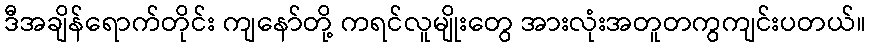
ဒီအချိန်ရောက်တိုင်း ကျနော်တို့ ကရင်လူမျိုးတွေ အားလုံးအတူတကွကျင်းပတယ်။